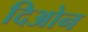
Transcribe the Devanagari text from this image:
दिओन